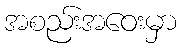
အစည်းအဝေးမှာ